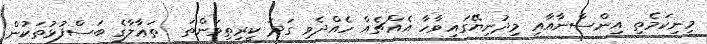
މިނިކަމެތި އިންސާނާއާއި މިދުނިޔޭގައިވާހާ އެއްޗެއް ހެއްދެވި ގަދަ ކީރިތިވަންތަ  ތަޢާލާގެ ބަސްފުޅުތަކުން